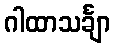
ဂါထာသင်္ချာ